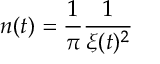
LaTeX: n ( t ) = \frac { 1 } { \pi } \frac { 1 } { \xi ( t ) ^ { 2 } }